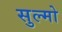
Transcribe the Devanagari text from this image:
सुल्मो